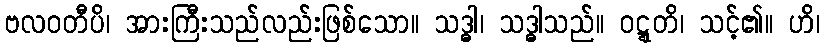
ဗလဝတီပိ၊ အားကြီးသည်လည်းဖြစ်သော။ သဒ္ဓါ၊ သဒ္ဓါသည်။ ဝဋ္ဋတိ၊ သင့်၏။ ဟိ၊